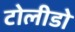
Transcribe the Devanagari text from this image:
टोलीडो